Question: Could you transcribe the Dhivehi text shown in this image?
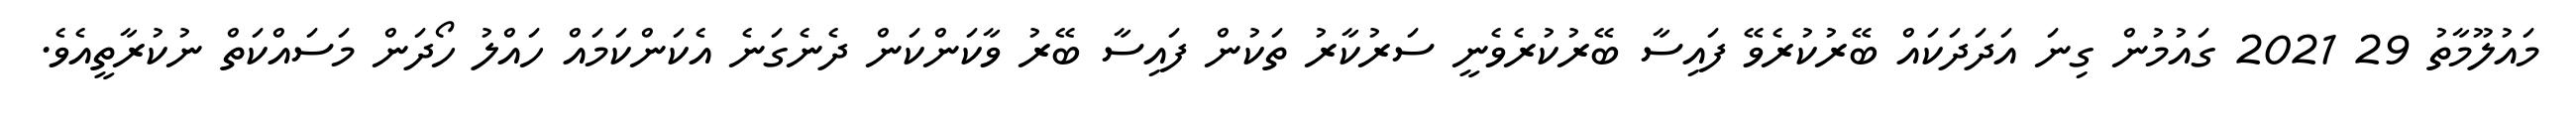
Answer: މައުލޫމާތު 29 2021 ގައުމުން ގިނަ އަދަދަކައް ބޭރުކުރެވޭ ފައިސާ ބޭރުކުރެވެނީ ސަރުކާރު ތަކުން ފައިސާ ބޭރު ވާކަންކަން ދެނެގަނެ އެކަންކަމައް ހައްލު ހޯދަން މަސައްކަތް ނުކުރާތީއެވެ.